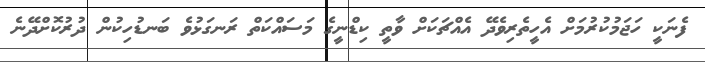
ފެނަކީ ހަޖަމުކުރުމަށް އެހީތެރިވެދޭ އެއްޗަކަށް ވާތީ ކިޑްނީގެ މަސައްކަތް ރަނގަޅުވެ ބަނޑުހިކުން ދުރުކޮށްދޭނެ